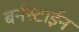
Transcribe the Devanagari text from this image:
बर्नस्टाईन